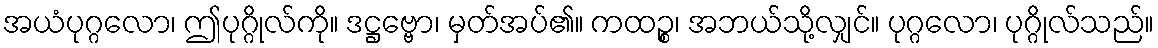
အယံပုဂ္ဂလော၊ ဤပုဂ္ဂိုလ်ကို။ ဒဋ္ဌဗ္ဗော၊ မှတ်အပ်၏။ ကထဉ္စ၊ အဘယ်သို့လျှင်။ ပုဂ္ဂလော၊ ပုဂ္ဂိုလ်သည်။